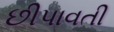
છીપાવતી